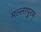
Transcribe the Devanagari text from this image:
मल्लापुरम्